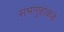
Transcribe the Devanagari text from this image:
सभागृहांकडे